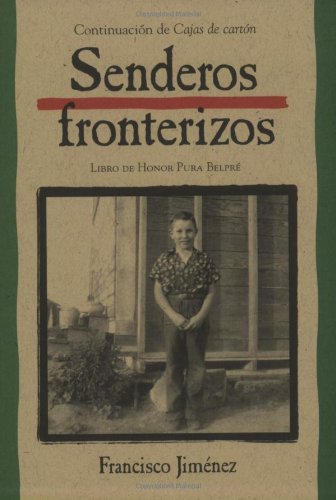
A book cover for Senderos fronterizos: Breaking Through Spanish Edition; Francisco JimÃ©nez; Teen & Young Adult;